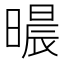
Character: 𣊐